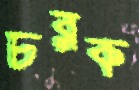
চরক